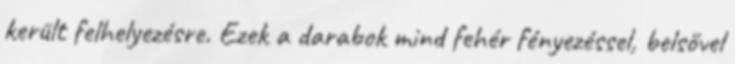
került felhelyezésre. Ezek a darabok mind fehér fényezéssel, belsővel